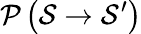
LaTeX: \mathcal{P}\left(\mathcal{S}\rightarrow\mathcal{S}^{\prime}\right)